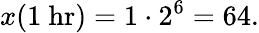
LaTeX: x(1{\mathrm{~hr}})=1\cdot 2^{6}=64.